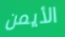
الأيمن